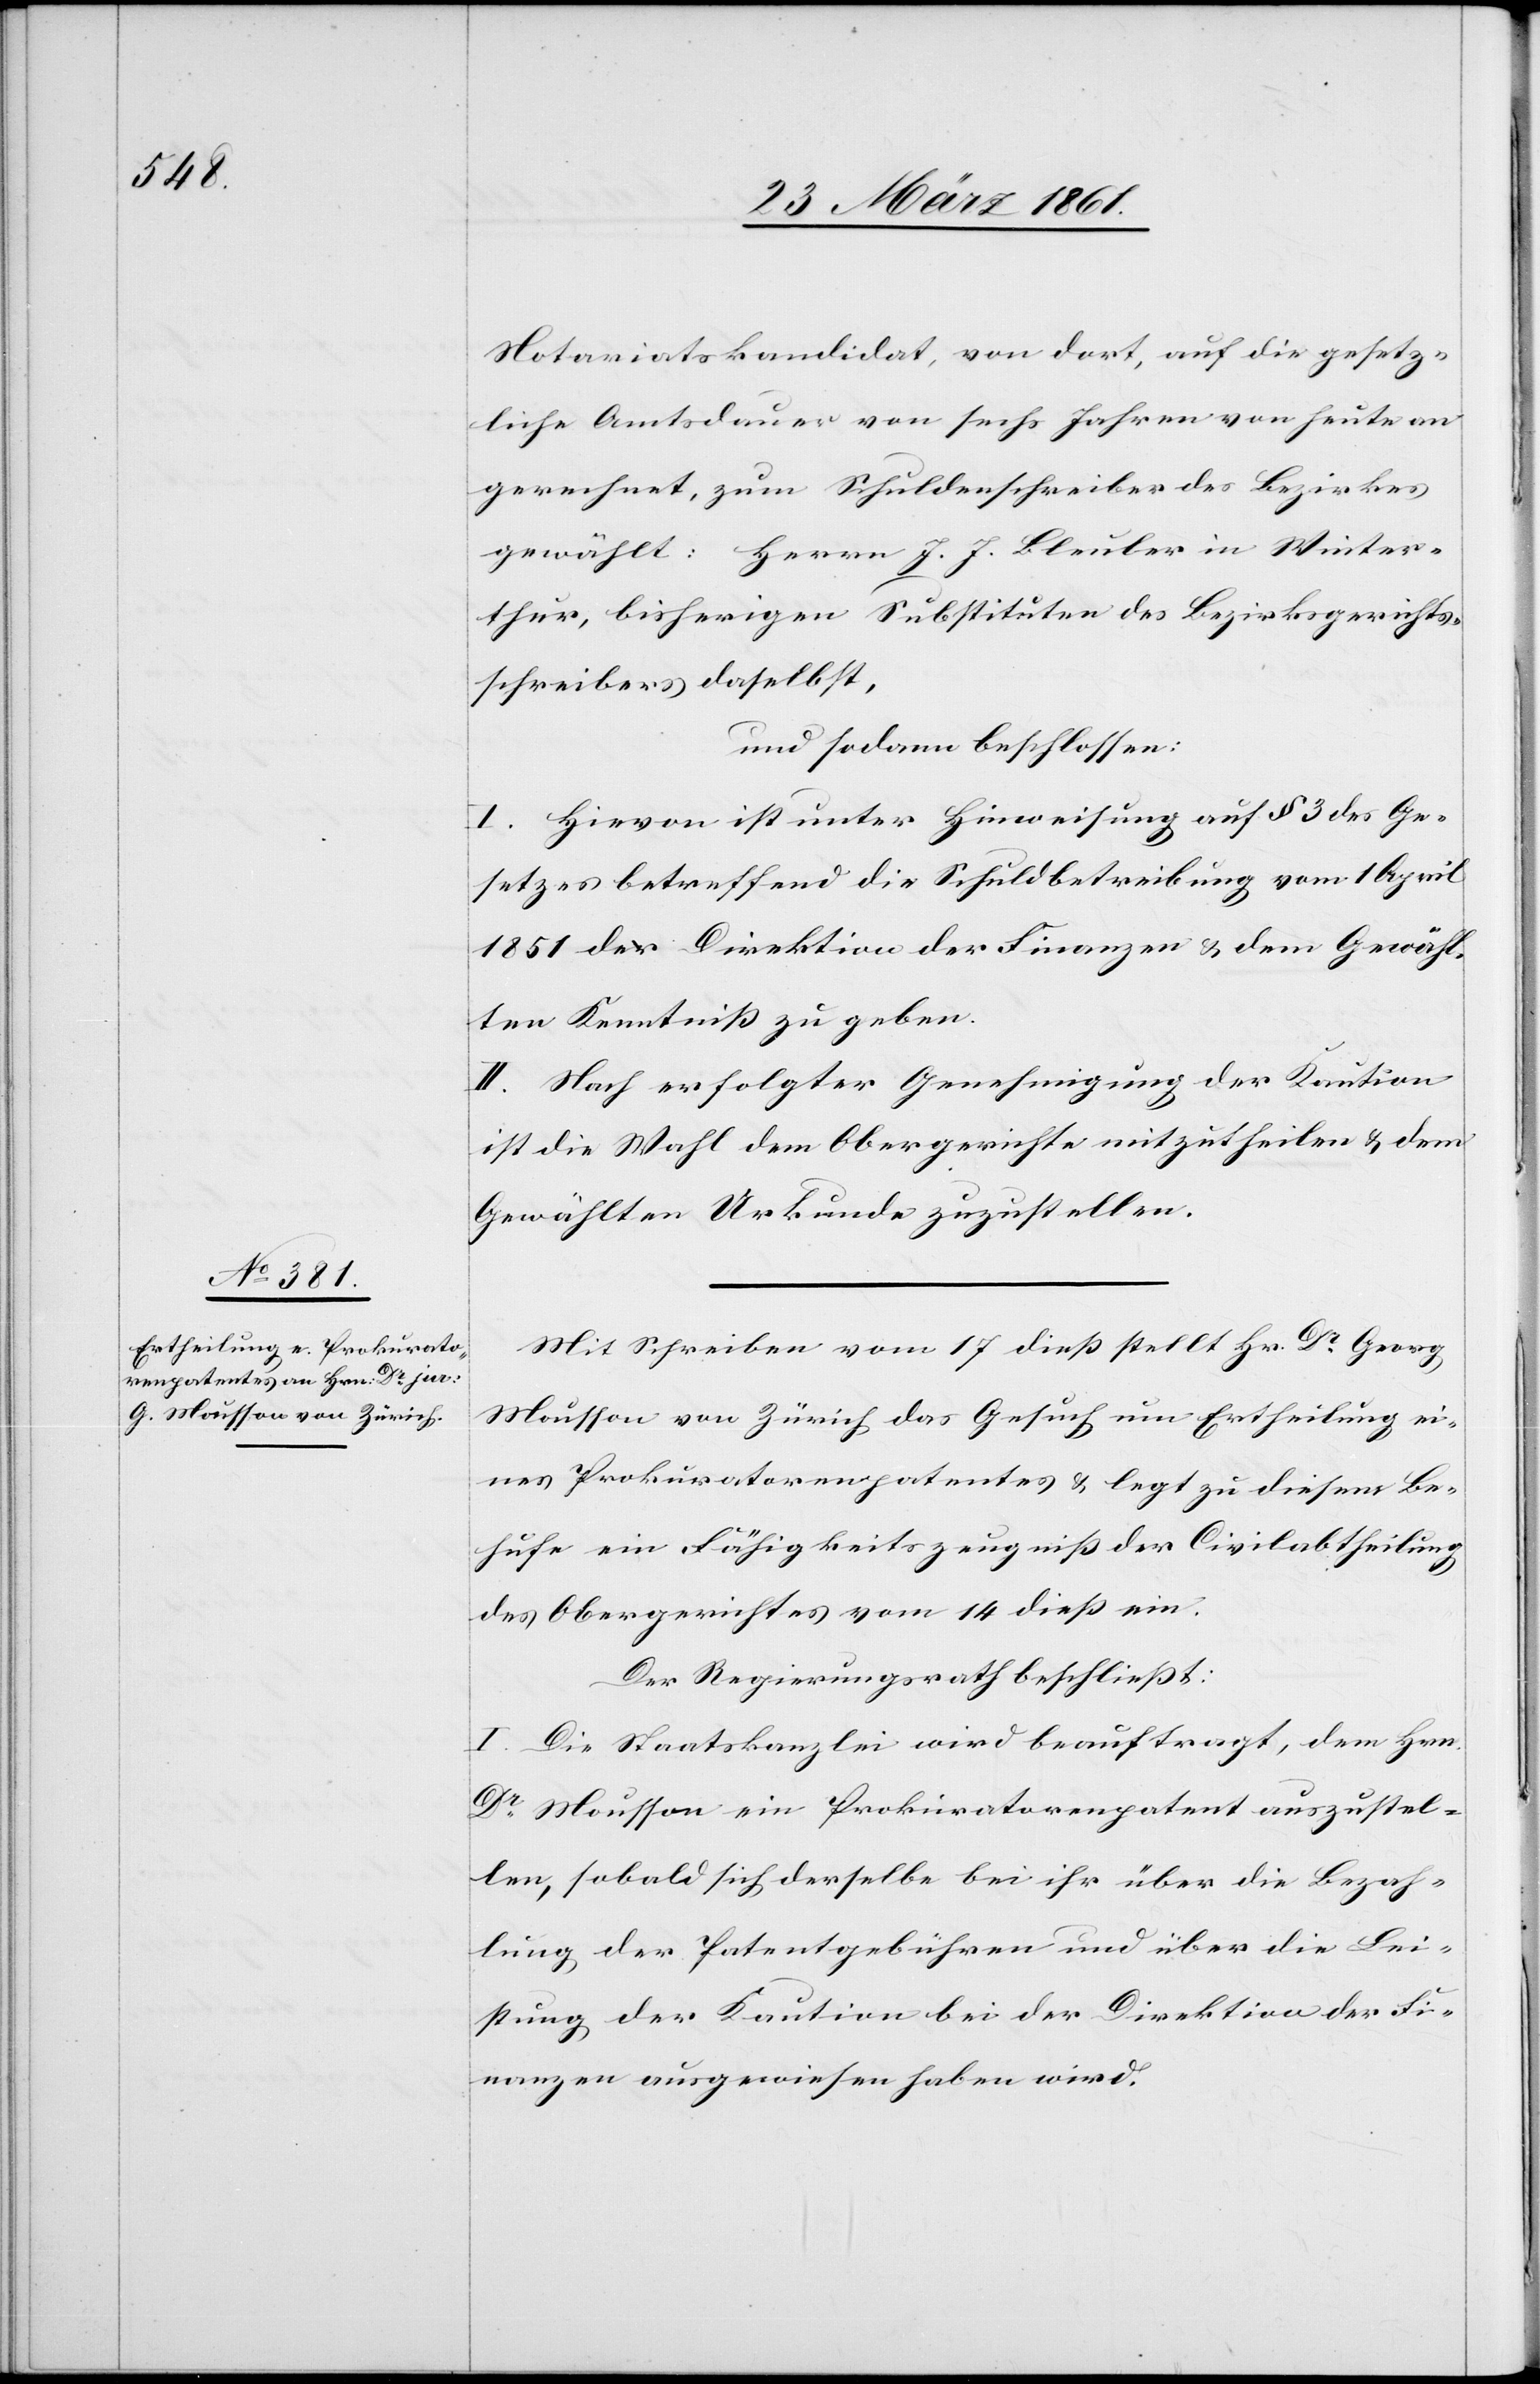
Notariatskandidat, von dort, auf die gesetz¬
liche Amtsdauer von sechs Jahren von heute an
gerechnet, zum Schuldenschreiber des Bezirkes
gewählt: Herrn J. J. Bleuler in Winter¬
thur, bisherigen Substituten des Bezirksgerichts¬
schreibers daselbst,
und sodann beschlossen:
I. Hievon ist unter Hinweisung auf § 3 des Ge¬
setzes betreffend die Schuldbetreibung vom 1. April
1851 der Direktion der Finanzen u. dem Gewähl¬
ten Kenntniß zu geben.
II. Nach erfolgter Genehmigung der Kaution
ist die Wahl dem Obergerichte mitzutheilen u. dem
Gewählten Urkunde zuzustellen.
Mit Schreiben vom 17. dieß stellt Hr. Dr. Georg
Mousson von Zürich das Gesuch um Ertheilung ei¬
nes Prokuratorenpatentes u. legt zu diesem Be¬
hufe ein Fähigkeitszeugniß der Civilabtheilung
des Obergerichtes vom 14. dieß ein.
Der Regierungsrath beschließt:
I. Die Staatskanzlei wird beauftragt, dem Hrn.
Dr Mousson ein Prokuratorenpatent auszustel¬
len, sobald sich derselbe bei ihr über die Bezah¬
lung der Patentgebühren und über die Lei¬
stung der Kaution bei der Direktion der Fi¬
nanzen ausgewiesen haben wird.